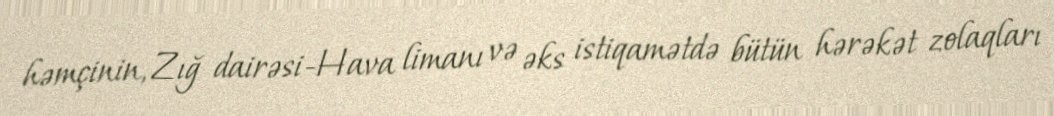
həmçinin, Zığ dairəsi-Hava limanı və əks istiqamətdə bütün hərəkət zolaqları